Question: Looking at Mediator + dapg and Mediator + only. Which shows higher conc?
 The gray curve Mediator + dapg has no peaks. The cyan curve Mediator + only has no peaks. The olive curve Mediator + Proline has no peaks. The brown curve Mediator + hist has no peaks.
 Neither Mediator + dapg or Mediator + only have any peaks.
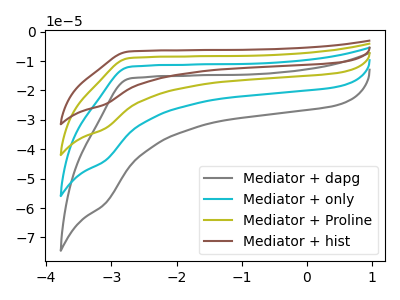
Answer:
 <answer>I cant tell if "Mediator + dapg" or "Mediator + only" has higher concentration.</answer>
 <eval>mixed_concentration</eval>